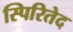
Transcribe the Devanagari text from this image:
स्पिरितेद